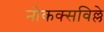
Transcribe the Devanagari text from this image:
नोकक्सविल्ले